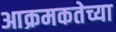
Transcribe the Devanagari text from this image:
आक्रमकतेच्या